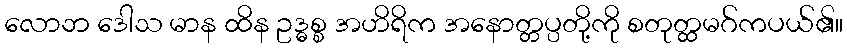
လောဘ ဒေါသ မာန ထိန ဥဒ္ဓစ္စ အဟိရိက အနောတ္တပ္ပတို့ကို စတုတ္ထမဂ်ကပယ်၏။